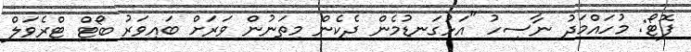
ފޮޓޯ: މުހައްމަދު ނާސިހު "އަޅުގަނޑުމެން ދެކެން މިތަނުން ވަރަށް ބައިވަރު ބޯޓް ޓްރެވަލް